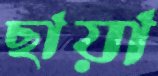
ছায়া